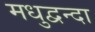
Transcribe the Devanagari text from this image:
मधुद्वन्दा